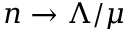
n \to \Lambda / \mu